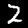
Digit: 2